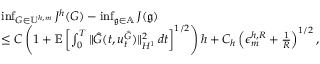
\begin{array} { r l } & { \operatorname* { i n f } _ { G \in \mathbb { U } ^ { h , m } } J ^ { h } ( G ) - \operatorname* { i n f } _ { \mathfrak { g } \in \mathbb { A } } J ( \mathfrak { g } ) } \\ & { \leq C \left( 1 + \ensuremath { { \mathbb E } } \left[ \int _ { 0 } ^ { T } \| \hat { G } ( t , u _ { t } ^ { \hat { G } } ) \| _ { H ^ { 1 } } ^ { 2 } \, d t \right] ^ { 1 / 2 } \right) h + C _ { h } \left( \epsilon _ { m } ^ { h , R } + \frac { 1 } { R } \right) ^ { 1 / 2 } , } \end{array}